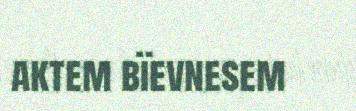
aktem bïevnesem